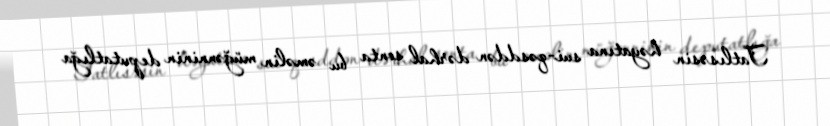
Tatlısəsin həyatına sui-qəsddən dərhal sonta bu əməlin müğənninin deputatlığa